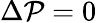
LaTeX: \Delta\mathcal{P}=0